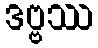
ဒဗ္ဗဿ